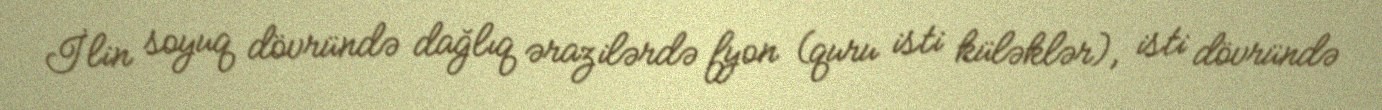
İlin soyuq dövründə dağlıq ərazilərdə fyon (quru isti küləklər), isti dövründə